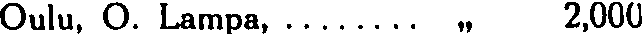
Oulu, O. Lampa, ........ ,, 2,000